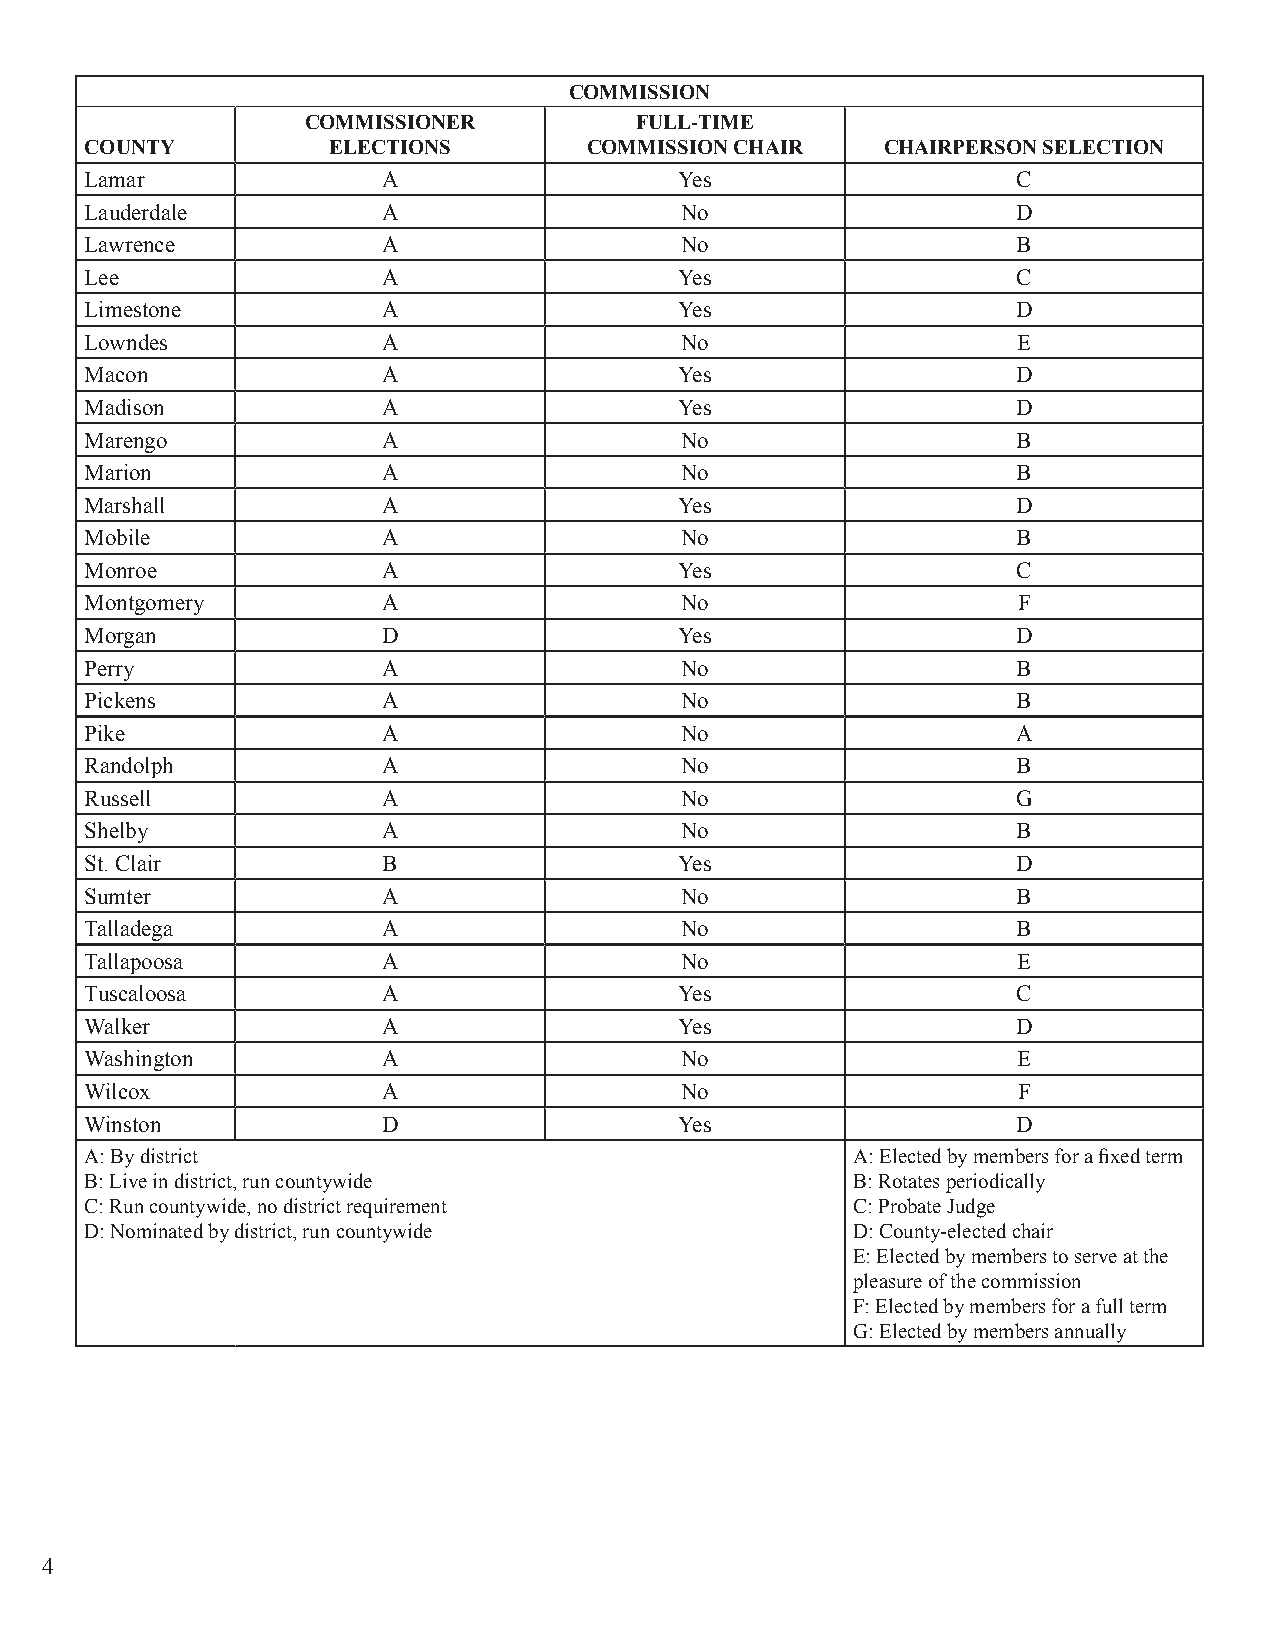
COMMISSION
 COMMISSIONER          FULL-TIME
 COUNTY          ELECTIONS        COMMISSION CHAIR    CHAIRPERSON SELECTION
 Lamar              A                   Yes                   C
 Lauderdale         A                   No                    D
 Lawrence           A                   No                    B
 Lee                A                   Yes                   C
 Limestone          A                   Yes                   D
 Lowndes            A                   No                    E
 Macon              A                   Yes                   D
 Madison            A                   Yes                   D
 Marengo            A                   No                    B
 Marion             A                   No                    B
 Marshall           A                   Yes                   D
 Mobile             A                   No                    B
 Monroe             A                   Yes                   C
 Montgomery         A                   No                    F
 Morgan             D                   Yes                   D
 Perry              A                   No                    B
 Pickens            A                   No                    B
 Pike               A                   No                    A
 Randolph           A                   No                    B
 Russell            A                   No                    G
 Shelby             A                   No                    B
 St. Clair          B                   Yes                   D
 Sumter             A                   No                    B
 Talladega          A                   No                    B
 Tallapoosa         A                   No                    E
 Tuscaloosa         A                   Yes                   C
 Walker             A                   Yes                   D
 Washington         A                   No                    E
 Wilcox             A                   No                    F
 Winston            D                   Yes                   D
 A: By district                                    A: Elected by members for a fixed term
 B: Live in district, run countywide               B: Rotates periodically
 C: Run countywide, no district requirement        C: Probate Judge
 D: Nominated by district, run countywide          D: County-elected chair
 E: Elected by members to serve at the
 pleasure of the commission
 F: Elected by members for a full term
 G: Elected by members annually
 4